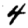
Digit: 4